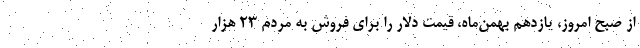
از صبح امروز، یازدهم بهمن‌ماه، قیمت دلار را برای فروش به مردم ۲۳ هزار